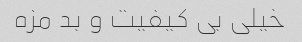
خیلی بی کیفیت و بد مزه